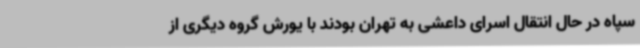
سپاه در حال انتقال اسرای داعشی به تهران بودند با یورش گروه دیگری از